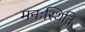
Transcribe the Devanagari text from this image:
मनःस्‍थिति